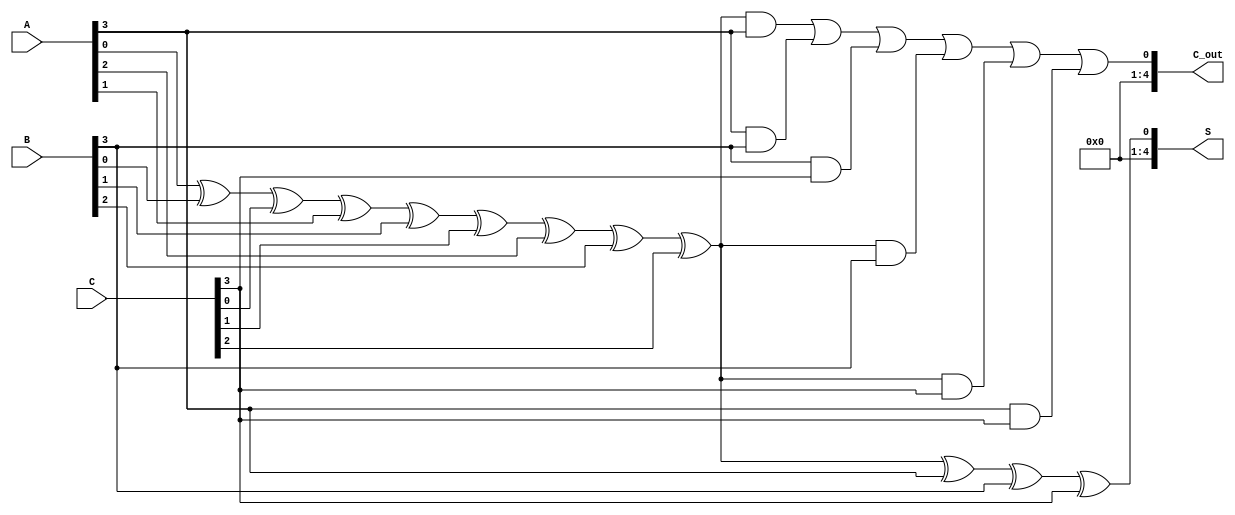
module CarrySaveAdder #(parameter N = 4) (
    input  [N-1:0] A, // First operand
    input  [N-1:0] B, // Second operand
    input  [N-1:0] C, // Third operand
    output [N:0] S,   // Sum output
    output [N:0] C_out // Carry output
);
    // Internal wires for sums and carries
    wire [N:0] sum [0:N-1]; // Array of sums
    wire [N:0] carry [0:N-1]; // Array of carries

    // Generate Full Adders for each bit
    genvar i;
    generate
        for (i = 0; i < N; i = i + 1) begin : FA
            if (i == 0) begin
                // First Full Adder
                assign sum[i][0] = A[i] ^ B[i] ^ C[i]; // Sum
                assign carry[i][0] = (A[i] & B[i]) | (B[i] & C[i]) | (A[i] & C[i]); // Carry
            end else begin
                // Subsequent Full Adders
                assign sum[i] = sum[i-1][0] ^ A[i] ^ B[i] ^ C[i]; // Sum
                assign carry[i] = (sum[i-1][0] & A[i]) | (A[i] & B[i]) | (B[i] & C[i]) | 
                                  (sum[i-1][0] & B[i]) | (sum[i-1][0] & C[i]) | 
                                  (A[i] & C[i]); // Carry
            end
        end
    endgenerate

    // Final outputs
    assign S = sum[N-1][0]; // Final sum output
    assign C_out = carry[N-1]; // Final carry output

endmodule